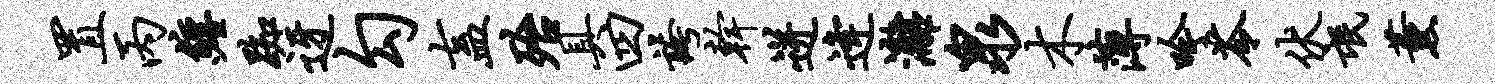
置丙缠踟迓勾盍殆具四夸干迸逄漓泉木薄吟苓伏氓薰